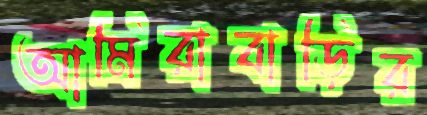
আমিরাবাড়ির